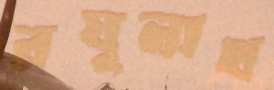
রঘুনাথ